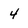
Character: 4